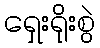
ရှေးရိုးစွဲ